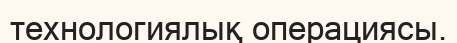
технологиялық операциясы.